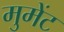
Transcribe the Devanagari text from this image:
मुमेंट